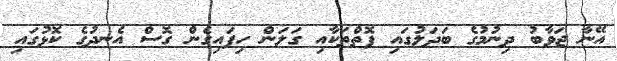
އޭނާ ޖަވާބު ދިނުމުގެ ބަދަލުގައި ފޮތްތަކާއި ގަލަން ހިފައިގެން ގޮސް އެނދުގެ ކޮޅުގައި